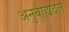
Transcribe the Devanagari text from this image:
अनुबाह्यदल